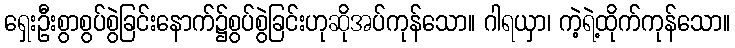
ရှေးဦးစွာစွပ်စွဲခြင်းနောက်၌စွပ်စွဲခြင်းဟုဆိုအပ်ကုန်သော။ ဂါရယှာ၊ ကဲ့ရဲ့ထိုက်ကုန်သော။